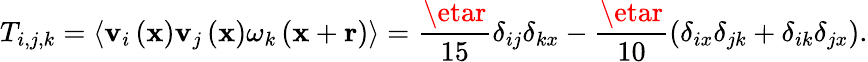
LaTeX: T_{i,j,k}=\left\langle\mathbf{v}_{i}\left(\mathbf{{x}}\right)\mathbf{v}_{j}\left(\mathbf{{x}}\right)\omega_{k}\left(\mathbf{{x}}+\mathbf{{r}}\right)\right\rangle=\frac{{\etar}}{{15}}\delta_{ij}\delta_{kx}-\frac{{\etar}}{{10}}\left(\delta_{ix}\delta_{jk}+\delta_{ik}\delta_{jx}\right).